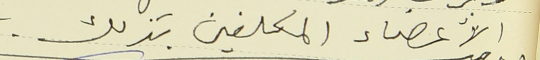
الأعضاء المكلفين بذلك.